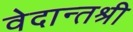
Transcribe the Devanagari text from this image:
वेदान्तश्री